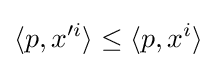
\langle p,x'^{i}\rangle \leq \langle p,x^{i}\rangle